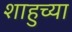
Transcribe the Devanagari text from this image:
शाहुच्या